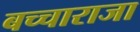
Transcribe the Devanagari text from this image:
बच्‍चाराजा